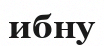
ибну